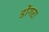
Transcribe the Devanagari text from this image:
डोंगरा